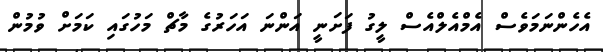
އެހެންނަމަވެސް އެމްއެލްއެސް ލީގު ފަށަނީ އަންނަ އަހަރުގެ މާޗް މަހުގައި ކަމަށް ވުމުން